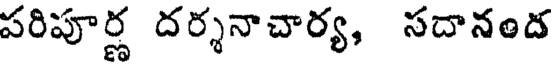
పరిపూర్ణ దర్శనాచార్య, సదానంద